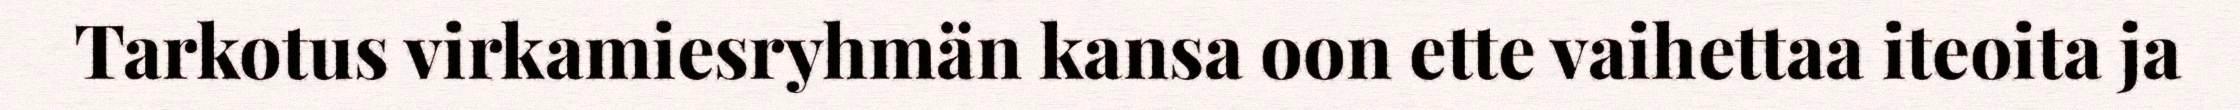
Tarkotus virkamiesryhmän kansa oon ette vaihettaa iteoita ja